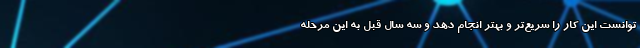
توانست این کار را سریع‌تر و بهتر انجام دهد و سه سال قبل به این مرحله